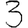
Digit: 3